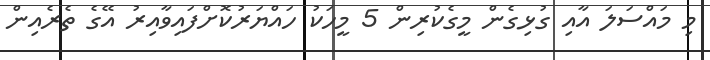
މި މައްސަލަ އާއި ގުޅިގެން މީގެކުރިން 5 މީހަކު ހައްޔަރުކޮށްފައިވާއިރު އޭގެ ތެރެއިން